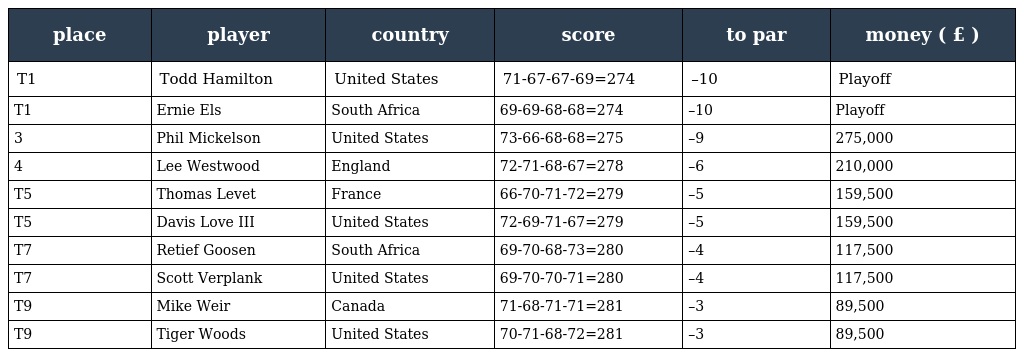
| place | player | country | score | to par | money ( £ ) |
 | --- | --- | --- | --- | --- | --- |
 | T1 | Todd Hamilton | United States | 71-67-67-69=274 | –10 | Playoff |
 | T1 | Ernie Els | South Africa | 69-69-68-68=274 | –10 | Playoff |
 | 3 | Phil Mickelson | United States | 73-66-68-68=275 | –9 | 275,000 |
 | 4 | Lee Westwood | England | 72-71-68-67=278 | –6 | 210,000 |
 | T5 | Thomas Levet | France | 66-70-71-72=279 | –5 | 159,500 |
 | T5 | Davis Love III | United States | 72-69-71-67=279 | –5 | 159,500 |
 | T7 | Retief Goosen | South Africa | 69-70-68-73=280 | –4 | 117,500 |
 | T7 | Scott Verplank | United States | 69-70-70-71=280 | –4 | 117,500 |
 | T9 | Mike Weir | Canada | 71-68-71-71=281 | –3 | 89,500 |
 | T9 | Tiger Woods | United States | 70-71-68-72=281 | –3 | 89,500 |